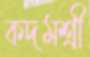
কদমশ্রী